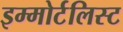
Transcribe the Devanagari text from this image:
इम्मोर्टलिस्ट